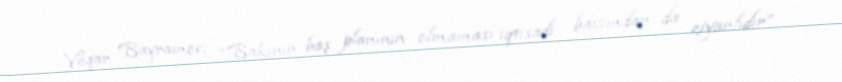
Vüqar Bayramov: “Bakının baş planının olmaması iqtisadi baxımdan da ziyanlıdır”